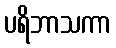
ပရိဘာသကာ